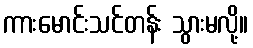
ကားမောင်းသင်တန်း သွားမလို့။